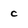
Character: c